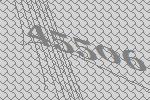
45506